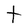
Character: t